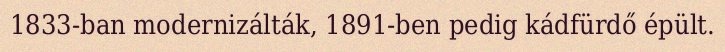
1833-ban modernizálták, 1891-ben pedig kádfürdő épült.